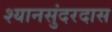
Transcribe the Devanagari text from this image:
श्यानसुंदरदास